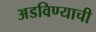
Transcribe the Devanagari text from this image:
अडविण्याची